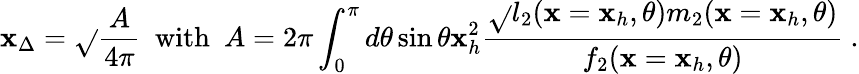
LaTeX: \mathbf{x}_{\Delta}=\sqrt{}{{\frac{{A}}{{4\pi}}}}\ \ \mathrm{{with}}\ \ A=2\pi\int_{0}^{\pi}d\theta\sin\theta\mathbf{x}_{h}^{2}\frac{{\sqrt{}{{l_{2}(\mathbf{x}=\mathbf{x}_{h},\theta)m_{2}(\mathbf{x}=\mathbf{x}_{h},\theta)}}}}{{f_{2}(\mathbf{x}=\mathbf{x}_{h},\theta)}}\ .